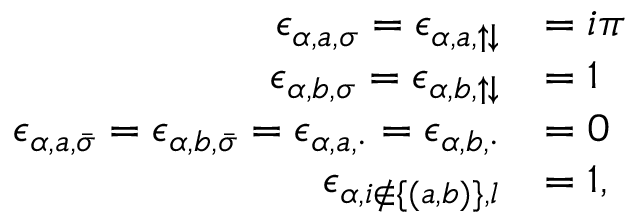
\begin{array} { r l } { \epsilon _ { \alpha , a , \sigma } = \epsilon _ { \alpha , a , \uparrow \downarrow } } & { = i \pi } \\ { \epsilon _ { \alpha , b , \sigma } = \epsilon _ { \alpha , b , \uparrow \downarrow } } & { = 1 } \\ { \epsilon _ { \alpha , a , \bar { \sigma } } = \epsilon _ { \alpha , b , \bar { \sigma } } = \epsilon _ { \alpha , a , \cdot } = \epsilon _ { \alpha , b , \cdot } } & { = 0 } \\ { \epsilon _ { \alpha , i \not \in \{ ( a , b ) \} , l } } & { = 1 , } \end{array}